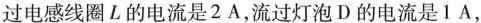
过电感线圈L的电流是2A，流过灯泡D的电流是1A，